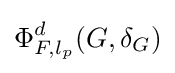
\Phi _{F,l_{p}}^{d}(G,\delta _{G})